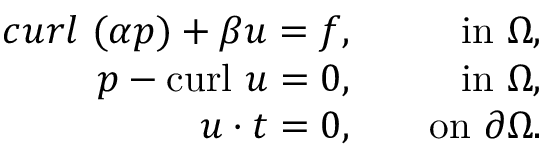
\begin{array} { r l r } { \boldsymbol { c u r l } ~ ( \alpha p ) + \beta \boldsymbol { u } = \boldsymbol { f } , } & { } & { \mathrm { i n } \ \Omega , } \\ { p - \mathrm { c u r l } ~ \boldsymbol { u } = 0 , } & { } & { \mathrm { i n } \ \Omega , } \\ { \boldsymbol { u } \cdot \boldsymbol { t } = 0 , } & { } & { \mathrm { o n } \ \partial \Omega . } \end{array}